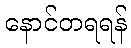
နောင်တရရန်